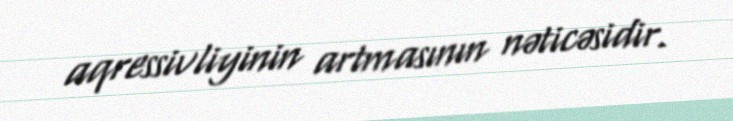
aqressivliyinin artmasının nəticəsidir.